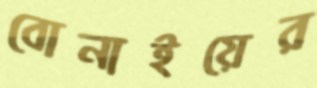
বোনাইয়ের